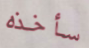
سأخذه